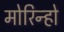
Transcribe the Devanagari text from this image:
मोरिन्हो